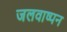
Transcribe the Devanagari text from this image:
जलवाष्पन